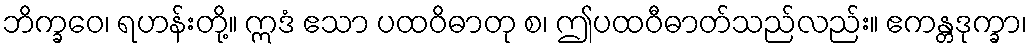
ဘိက္ခဝေ၊ ရဟန်းတို့။ ဣဒံ ဧသာ ပထဝိဓာတု စ၊ ဤပထဝီဓာတ်သည်လည်း။ ဧကန္တဒုက္ခာ၊